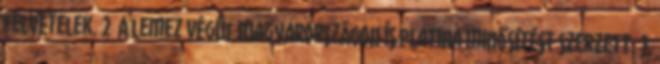
felvételek. 2 A lemez végül Magyarországon is platina minősítést szerzett. 3